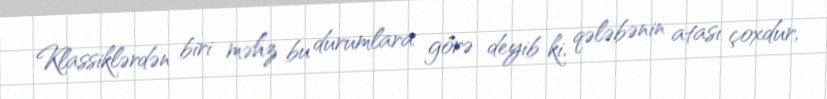
Klassiklərdən biri məhz bu durumlara görə deyib ki, qələbənin atası çoxdur,